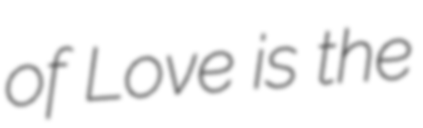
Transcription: of Love is the